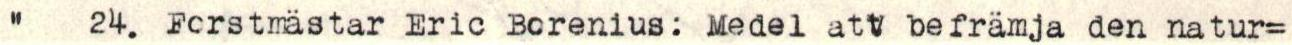
" 24. Forstmästar Eric Borenius: Medel att befrämja den natur=